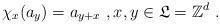
LaTeX: \begin{align*}\chi _{x}(a_{y})=a_{y+x}\ ,x,y\in \mathfrak{L}=\mathbb{Z}^{d}\ .\end{align*}